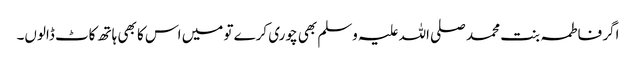
اگر فاطمہ بنت محمد صلی اللہ علیہ وسلم بھی چوری کرے تو میں اس کا بھی ہاتھ کاٹ ڈالوں۔